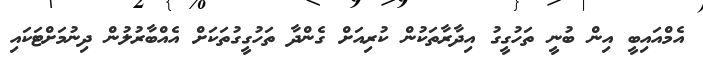
އެމްއައިބީ އިން ބުނީ ތަހުގީގު އިދާރާތަކުން ކުރިއަށް ގެންދާ ތަހުގީގުތަކަށް އެއްބާރުލުން ދިނުމަށްޓަކައި